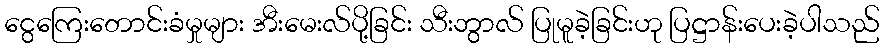
ငွေကြေးတောင်းခံမှုများ အီးမေးလ်ပို့ခြင်း သီးဘွာလ် ပြုမူခဲ့ခြင်းဟု ပြဋ္ဌာန်းပေးခဲ့ပါသည်